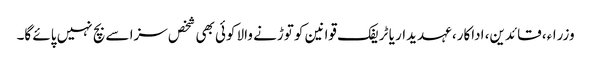
وزراء، قائدین، اداکار، عہدیدار یا ٹریفک قوانین کو توڑنے والا کوئی بھی شخص سزا سے بچ نہیں پائے گا۔